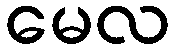
မေလ